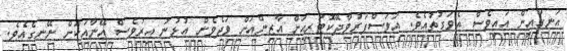
އަނގައިން އައީވެސް އެވަގުތުއެވެ. އަވަސްފަރުވާދޭކޮޓަރިއަށް އާޒިންއަށް ވަދެވެން އުޅުނު އިރުވެސް އޭނާއަކަށް ނޭނގެއެވެ.